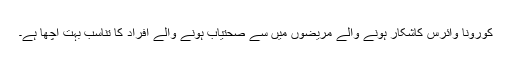
کورونا وائرس کاشکار ہونے والے مریضوں میں سے صحتیاب ہونے والے افراد کا تناسب بہت اچھا ہے۔